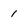
Character: 1